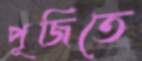
পূজিতে